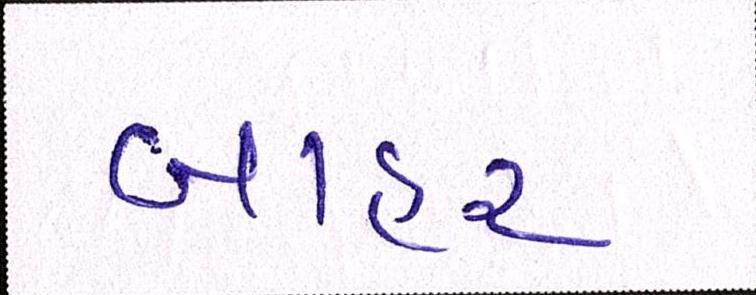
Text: બાહર